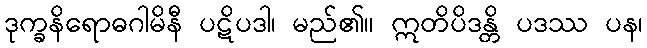
ဒုက္ခနိရောဓဂါမိနီ ပဋိပဒါ၊ မည်၏။ ဣတိပိဒန္တိ ပဒဿ ပန၊